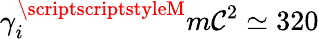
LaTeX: \gamma_{i}^{{\scriptscriptstyleM}}m\mathcal{C}^{2}\simeq320